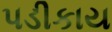
પડીકાય